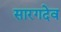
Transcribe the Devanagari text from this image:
सारगदेव